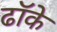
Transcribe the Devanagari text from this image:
ढॉके